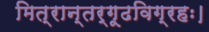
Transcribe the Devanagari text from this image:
मित्रान्तर्गूढविग्रहः।